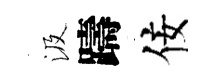
汲躊佞